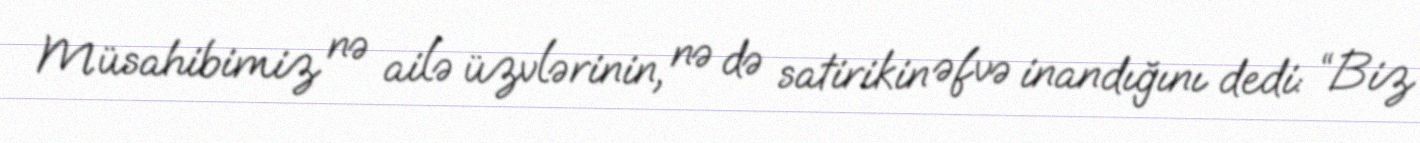
Müsahibimiz nə ailə üzvlərinin, nə də satirikin əfvə inandığını dedi: “Biz